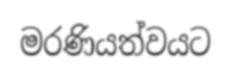
මරණියත්වයට